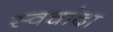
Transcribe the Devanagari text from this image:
स्वचांदा